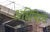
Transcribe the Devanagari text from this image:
अधिनिय्म